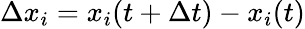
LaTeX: \Delta x_{i}=x_{i}(t+\Delta t)-x_{i}(t)